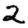
Digit: 2